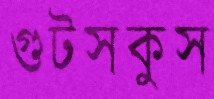
গুটসকুস